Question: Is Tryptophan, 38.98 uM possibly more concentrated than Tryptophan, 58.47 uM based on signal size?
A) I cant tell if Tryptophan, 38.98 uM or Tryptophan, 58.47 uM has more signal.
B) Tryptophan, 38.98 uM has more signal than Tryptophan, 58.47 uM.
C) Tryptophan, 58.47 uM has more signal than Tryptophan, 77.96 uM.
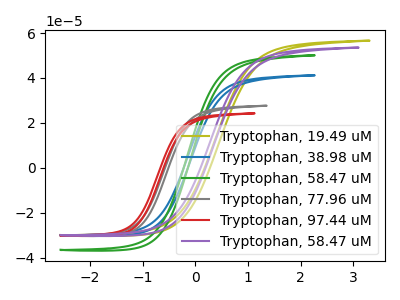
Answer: <think>The olive curve "Tryptophan, 19.49 uM" has no peaks. The blue curve "Tryptophan, 38.98 uM" has no peaks. The green curve "Tryptophan, 58.47 uM" has no peaks. The gray curve "Tryptophan, 77.96 uM" has no peaks. The red curve "Tryptophan, 97.44 uM" has no peaks. The purple curve "Tryptophan, 58.47 uM" has no peaks.
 Neither "Tryptophan, 38.98 uM" or "Tryptophan, 58.47 uM" have any peaks.</think>
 <answer>A) I cant tell if "Tryptophan, 38.98 uM" or "Tryptophan, 58.47 uM" has more signal.</answer>
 <eval>A</eval>